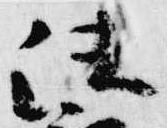
法